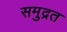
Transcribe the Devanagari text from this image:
समुद्रत